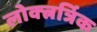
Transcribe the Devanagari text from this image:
लोक्त्नर्त्रिक